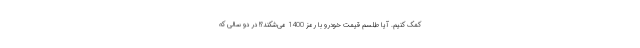
کمک کنیم. آیا طلسم قیمت خودرو با رمز 1400 می‌شکند؟! در دو سالی که